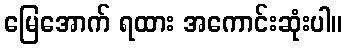
မြေအောက် ရထား အကောင်းဆုံးပါ။